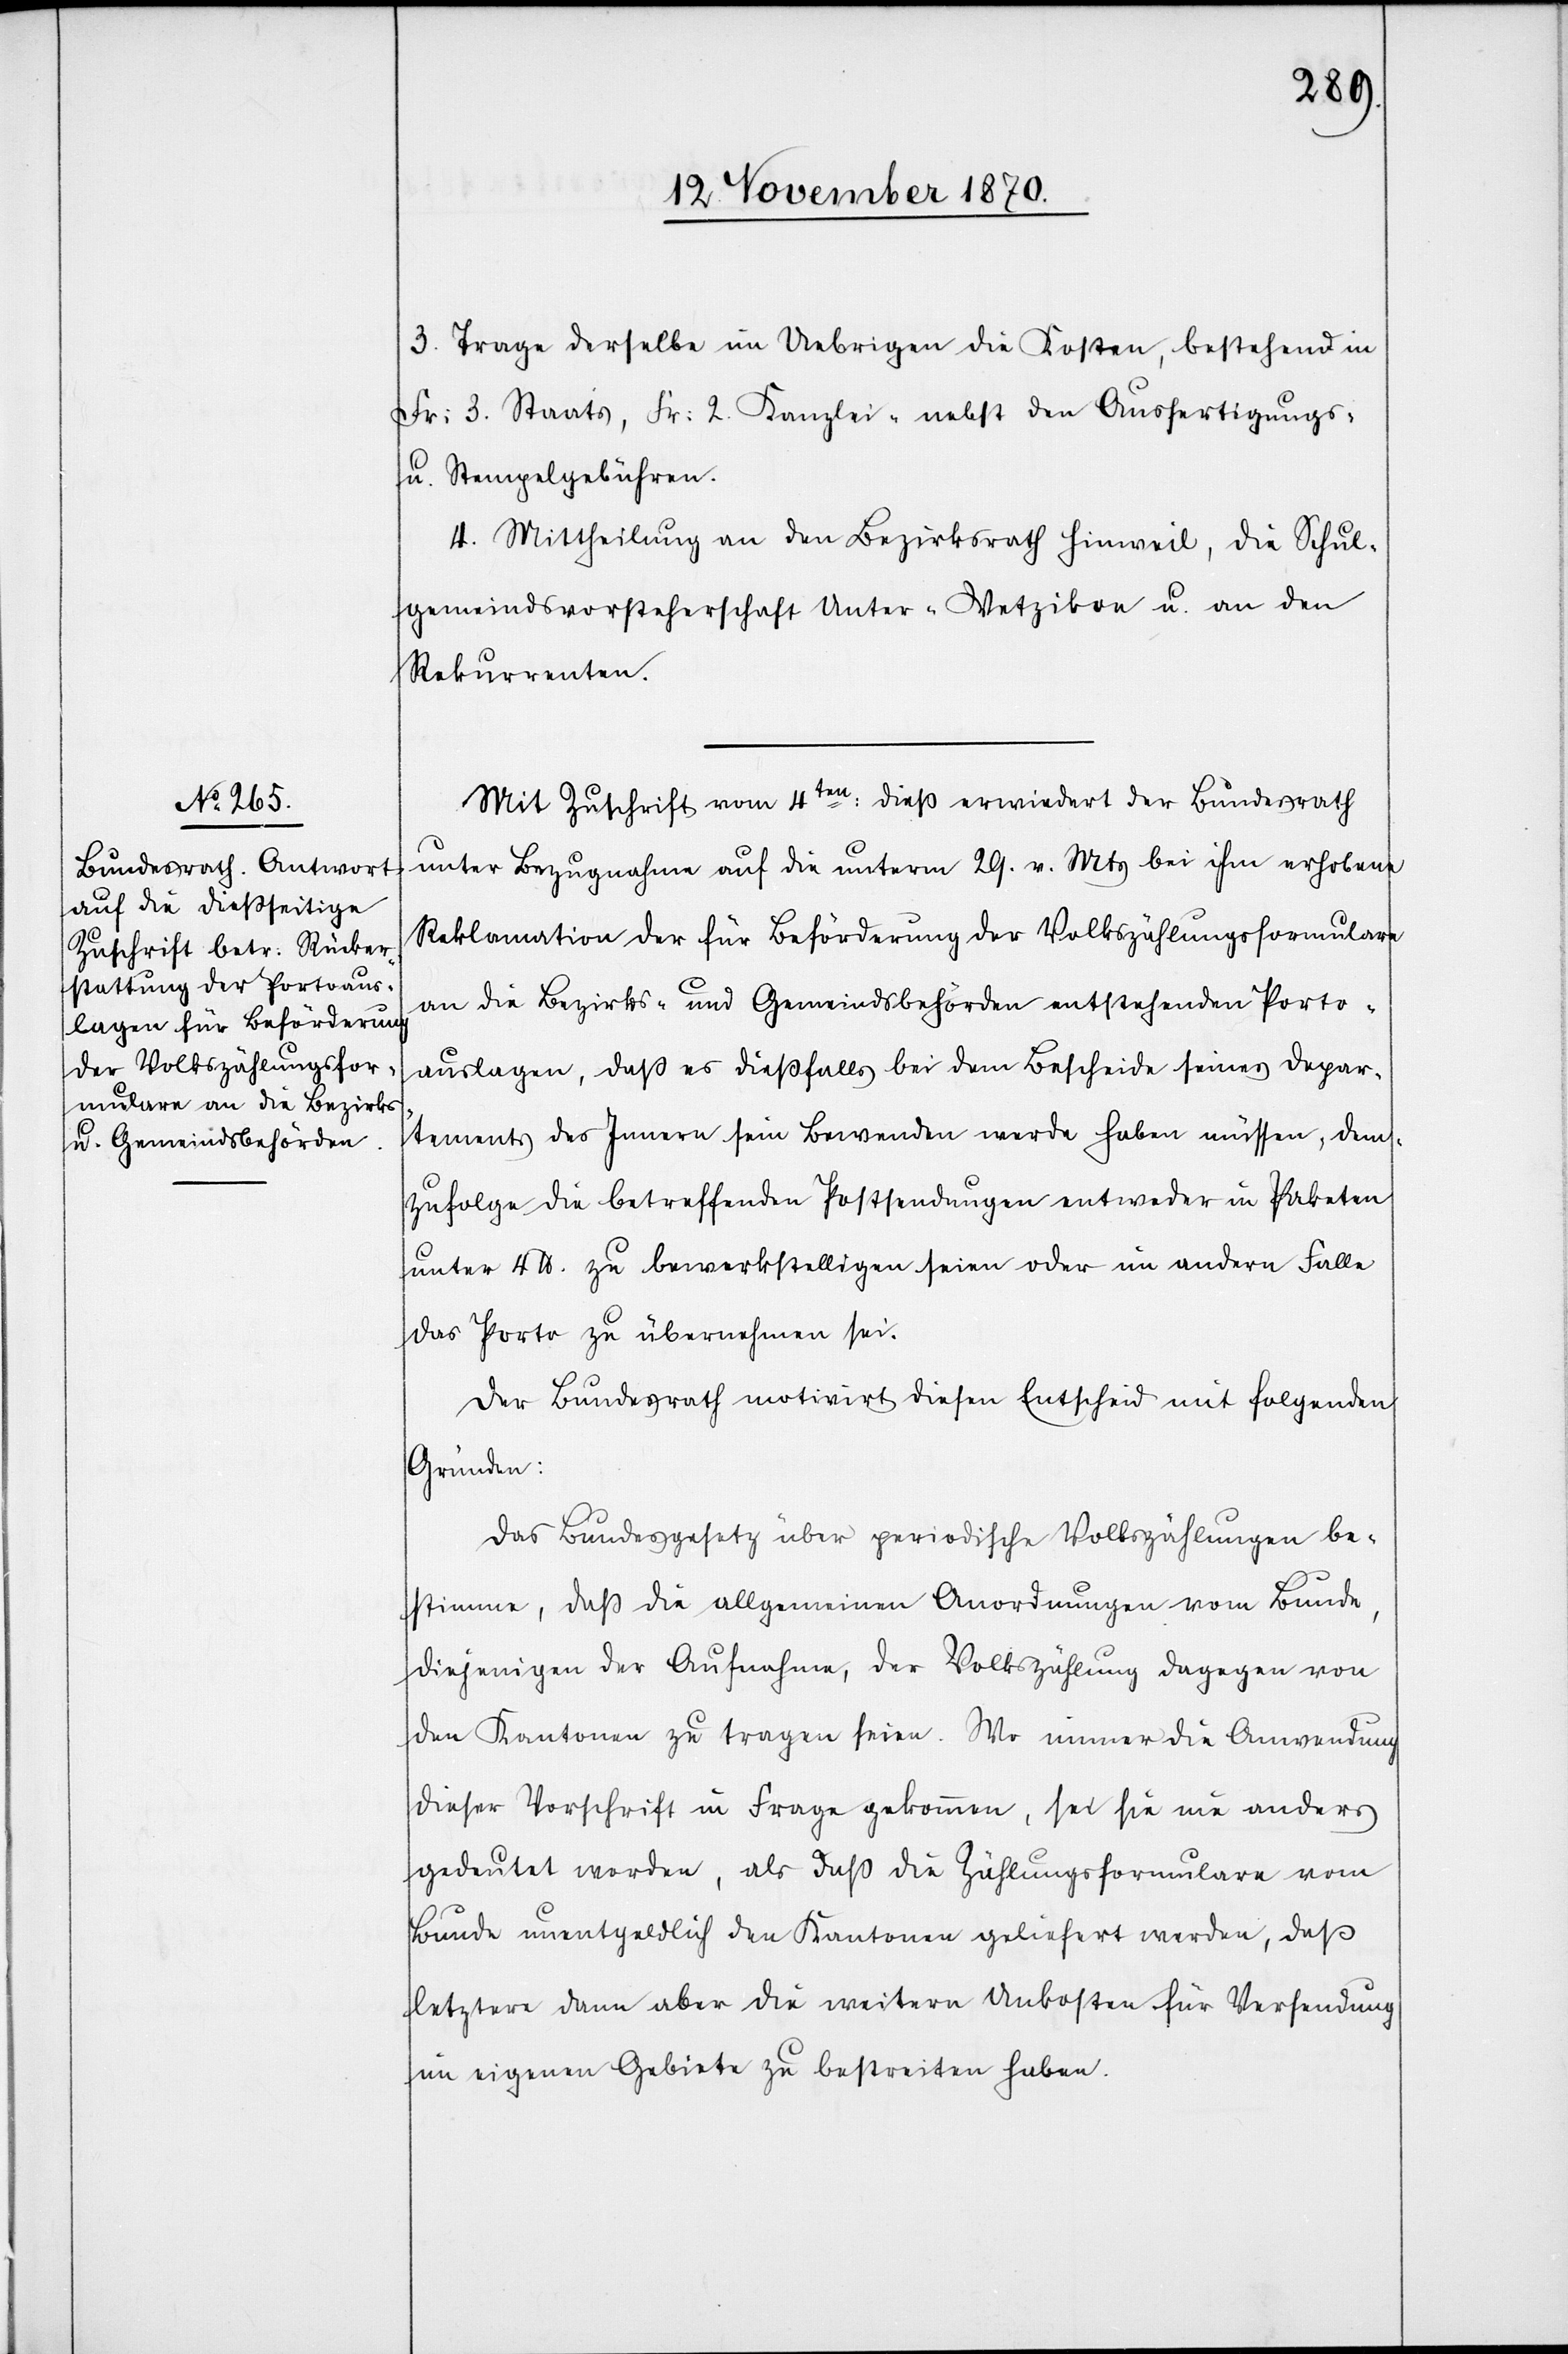
3. Trage derselbe im Uebrigen die Kosten, bestehend in
Fr: 3. Staats[-], Fr: 2. Kanzlei-[,] nebst den Ausfertigungs-
u. Stempelgebühren.
4. Mittheilung an den Bezirksrath Hinweil, die Schul¬
gemeindsvorsteherschaft Unter-Wetzikon u. an den
Rekurrenten.
Mit Zuschrift vom 4ten dieß erwiedert der Bundesrath
unter Bezugnahme auf die unterm 29. v. Mts. bei ihm erhobene
Reklamation der für Beförderung der Volkszählungsformulare
an die Bezirks- und Gemeindsbehörden entstehenden Porto¬
auslagen, daß es dießfalls bei dem Bescheide seines Depar¬
tements des Innern sein Bewenden werde haben müssen, dem¬
zufolge die betreffenden Postsendungen entweder in Paketen
unter 4 lb. zu bewerkstelligen seien oder im andern Falle
das Porto zu übernehmen sei.
Der Bundesrath motivirt diesen Entscheid mit folgenden
Gründen:
Das Bundesgesetz über periodische Volkszählungen be¬
stimme, daß die allgemeinen Anordnungen vom Bunde,
diejenigen der Aufnahme, der Volkszählung dagegen von
den Kantonen zu tragen seien. Wo immer die Anwendung
dieser Vorschrift in Frage gekommen, sei sie nie anders
gedeutet worden, als daß die Zählungsformulare vom
Bunde unentgeldlich den Kantonen geliefert werden, daß
letztere dann aber die weitern Unkosten für Versendung
im eigenen Gebiete zu bestreiten haben.